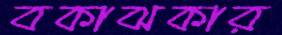
বকাঝকার